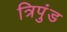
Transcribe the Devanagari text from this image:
त्रिपुंड